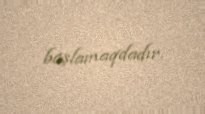
başlamaqdadır.